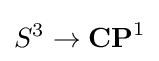
S^{3}\to \mathbf {CP} ^{1}